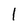
Character: 1